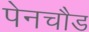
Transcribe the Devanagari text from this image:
पेनचौड